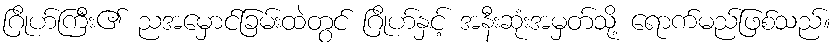
ဂြိုဟ်ကြီး၏ ညအမှောင်ခြမ်းထဲတွင် ဂြိုဟ်နှင့် အနီးဆုံးအမှတ်သို့ ရောက်မည်ဖြစ်သည်။